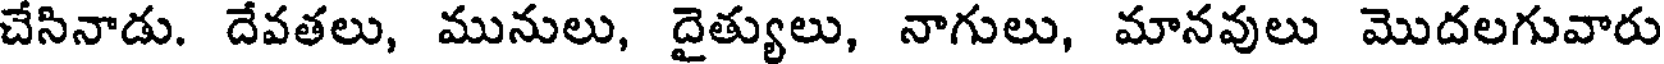
చేసినాడు. దేవతలు, మునులు, దైత్యులు, నాగులు, మానవులు మొదలగువారు